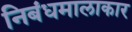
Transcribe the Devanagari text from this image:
निबंधमालाकार